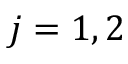
j = 1 , 2